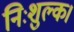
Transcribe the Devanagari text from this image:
निःशुल्क।